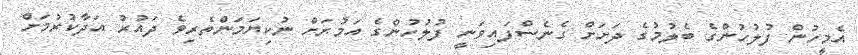
އެމީހުން ފުލުހުންގެ ބެލުމުގެ ދަށަށް ގެނެސްފައިވަނީ ފުލުހުންގެ އަމުރަށް ނުކިޔަމަންތެރިވެ ދައުރު އަދާކުރުމަށް